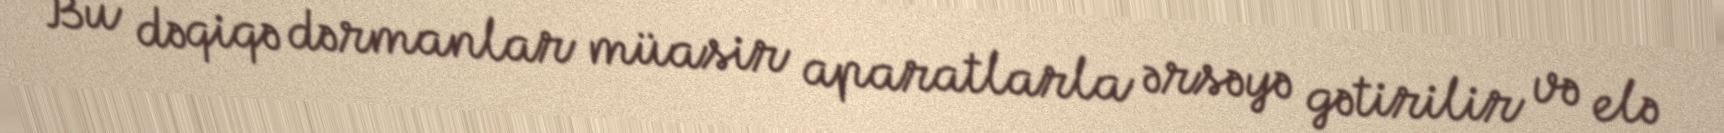
Bu dəqiqə dərmanlar müasir aparatlarla ərsəyə gətirilir və elə